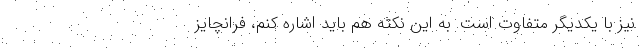
نیز با یکدیگر متفاوت است. به این نکته هم باید اشاره کنم، فرانچایز